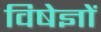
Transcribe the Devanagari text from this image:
विषेज्ञों